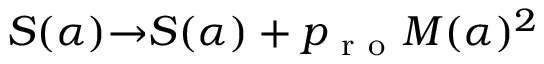
S ( \alpha ) { \rightarrow } S ( \alpha ) + p _ { \mathrm { ~ r ~ o ~ } } M ( \alpha ) ^ { 2 }